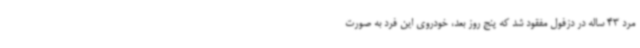
مرد 43 ساله در دزفول مفقود شد که پنج روز بعد، خودروی این فرد به صورت